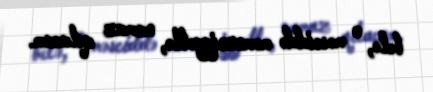
belə, o məsciddə məmnuniyyətlə, namaz qılacam.